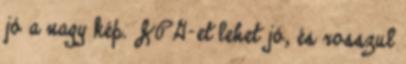
jó a nagy kép. JPG-et lehet jó, és rosszul